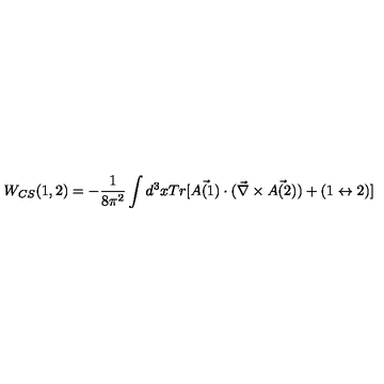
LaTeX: W _ { C S } ( 1 , 2 ) = - \frac { 1 } { 8 \pi ^ { 2 } } \int d ^ { 3 } x T r [ \vec { A ( 1 ) } \cdot ( \vec { \nabla } \times \vec { A ( 2 ) } ) + ( 1 \leftrightarrow 2 ) ]